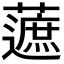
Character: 𧀹